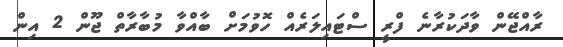
ރާއްޖޭން ވާދަކުރާނެ ފްރީ ސްޓައިލަރެއް ހޮވުމަށް ބާއްވާ މުބާރާތް ޖޫން 2 އިން